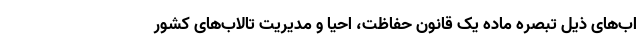
اب‌های ذیل تبصره ماده‌ یک قانون حفاظت، احیا‌ و مدیریت تالاب‌های کشور